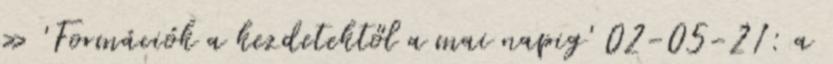
» 'Formációk a kezdetektől a mai napig' 02-05-21: a